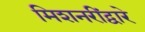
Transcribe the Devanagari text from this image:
मिशनरींद्वारे